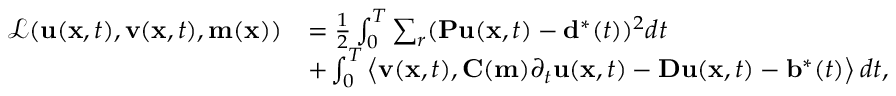
\begin{array} { r l } { \mathcal { L } ( \mathbf { u } ( \mathbf { x } , t ) , \mathbf { v } ( \mathbf { x } , t ) , \mathbf { m } ( \mathbf { x } ) ) } & { = \frac { 1 } { 2 } \int _ { 0 } ^ { T } \sum _ { r } ( \mathbf { P u } ( \mathbf { x } , t ) - \mathbf { d } ^ { * } ( t ) ) ^ { 2 } d t } \\ & { + \int _ { 0 } ^ { T } \left\langle \mathbf { v } ( \mathbf { x } , t ) , \mathbf { C ( m ) } \partial _ { t } \mathbf { u } ( \mathbf { x } , t ) - \mathbf { D u } ( \mathbf { x } , t ) - \mathbf { b } ^ { * } ( t ) \right\rangle d t , } \end{array}